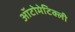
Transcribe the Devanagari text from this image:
ऑटोमेटिक्ली